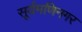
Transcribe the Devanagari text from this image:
सूर्यमणिनगर